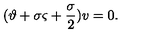
( \mathrm { \boldmath \vartheta } + \sigma \mathrm { \boldmath \varsigma } + \frac { \sigma } { 2 } ) v = 0 .